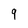
Character: 9